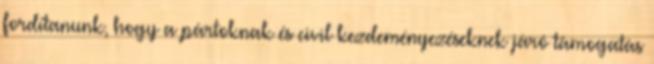
fordítanunk, hogy a pártoknak és civil kezdeményezéseknek járó támogatás